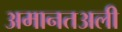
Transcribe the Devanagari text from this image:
अमानतअली